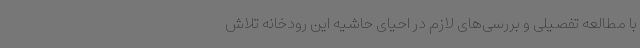
با مطالعه تفصیلی و بررسی‌های لازم در احیای حاشیه این رودخانه تلاش